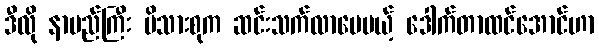
ဒီလို နာမည်ကြီး မိသားစုက ဆင်းသက်လာပေမယ့် ဒေါက်တာထင်အောင်ဟာ